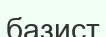
базист